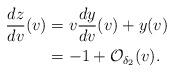
LaTeX: \begin{align*} \frac{dz}{dv}(v)&=v\frac{dy}{dv}(v)+y(v)\\&=-1+\mathcal{O}_{\delta_2}(v).\end{align*}